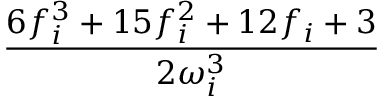
\frac { 6 f _ { i } ^ { 3 } + 1 5 f _ { i } ^ { 2 } + 1 2 f _ { i } + 3 } { 2 \omega _ { i } ^ { 3 } }